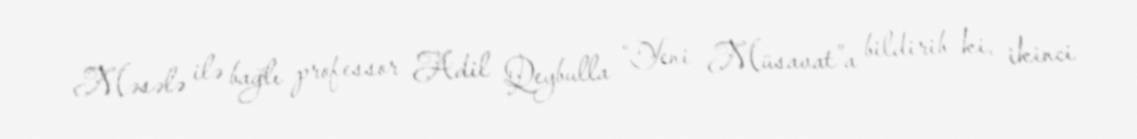
Məsələ ilə bağlı professor Adil Qeybulla “Yeni Müsavat”a bildirib ki, ikinci